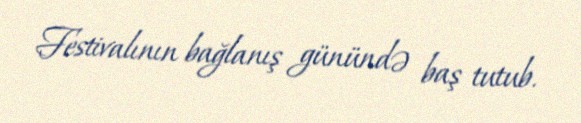
Festivalının bağlanış günündə baş tutub.